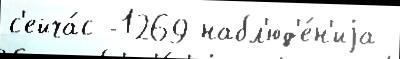
с'ейча́с -1269 набл'юд'е́н'иjа